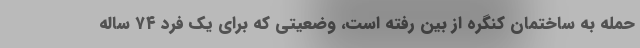
حمله به ساختمان کنگره از بین رفته است، وضعیتی که برای یک فرد ۷۴ ساله